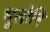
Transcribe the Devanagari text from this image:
भूलोनि